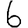
Digit: 6